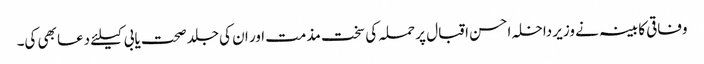
وفاقی کابینہ نے وزیر داخلہ احسن اقبال پر حملہ کی سخت مذمت اور ان کی جلد صحت یابی کیلئے دعا بھی کی۔